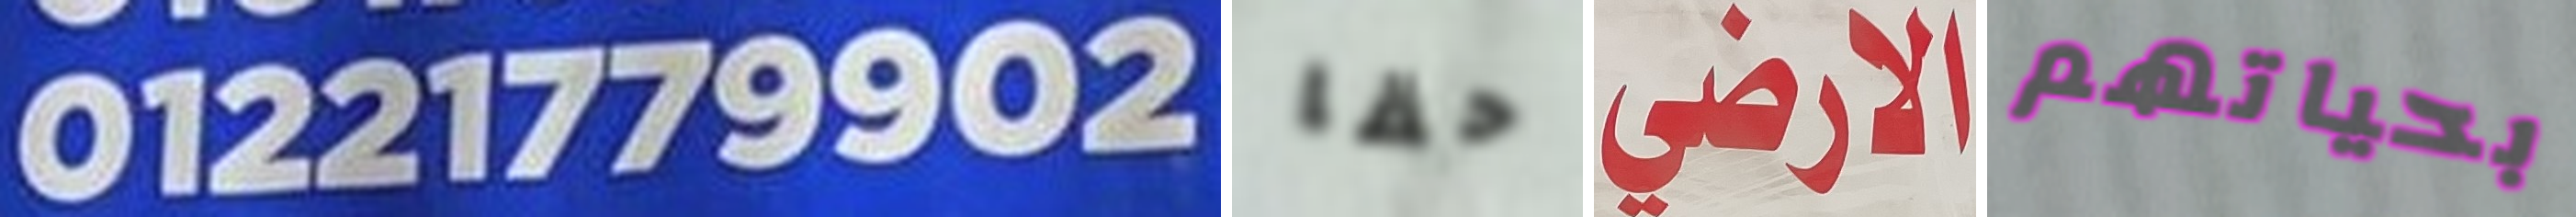
01221779902 حقا الارضي بحياتهم